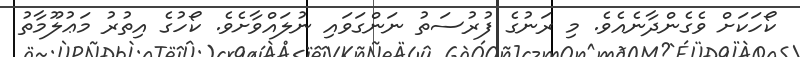
ކޯހަކަށް ވެގެންދާނެއެވެ. މި ރަނުގެ ފުރުސަތު ނަންގަވައި ނުލައްވާށެވެ. ކޯހުގެ އިތުރު މަޢުލޫމާތު